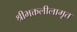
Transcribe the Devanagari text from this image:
श्रीभक्तलीलामृत